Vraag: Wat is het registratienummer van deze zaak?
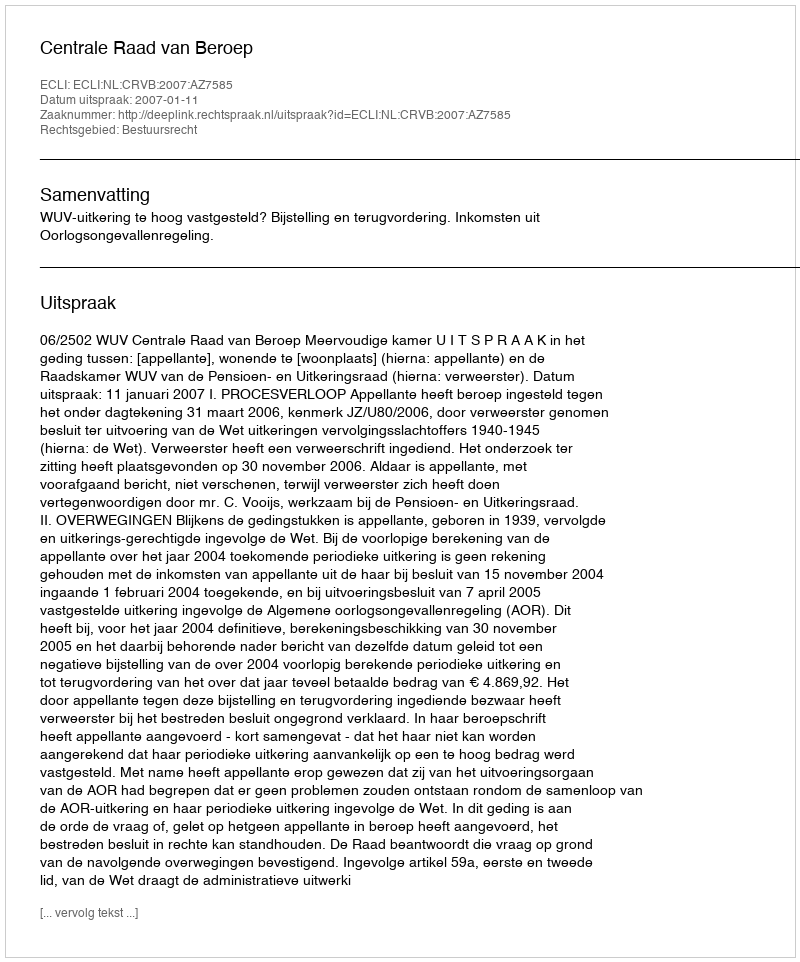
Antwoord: http://deeplink.rechtspraak.nl/uitspraak?id=ECLI:NL:CRVB:2007:AZ7585